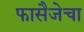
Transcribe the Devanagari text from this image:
फासैजेचा